Scottish Leaving Certificate Examination, 1954
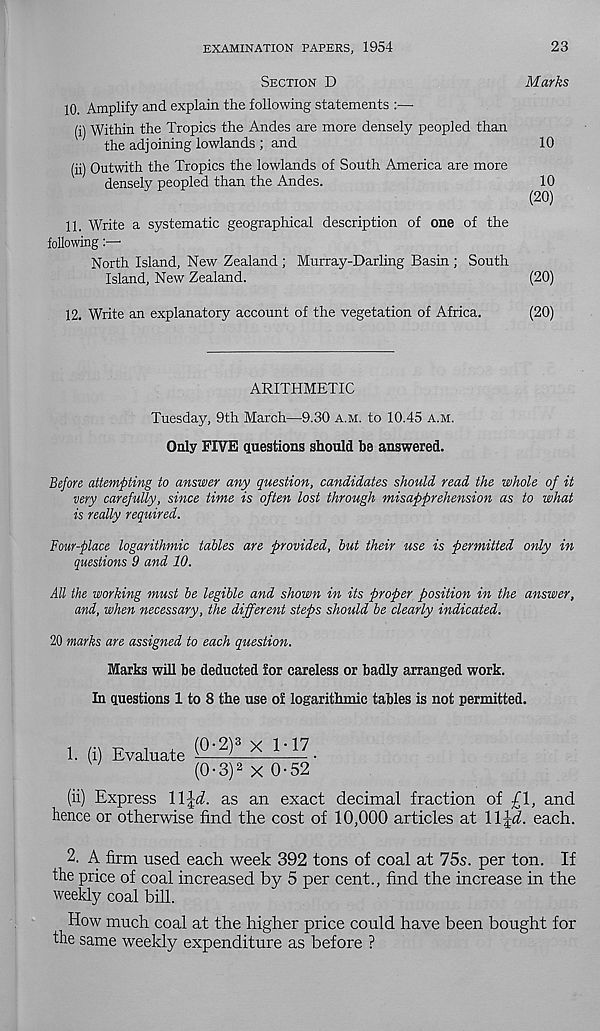
EXAMINATION PAPERS, 1954
23
SECTION D
Marks
10. Amplify and explain the following statements
(i) Within the Tropics the Andes are more densely peopled than
the adjoining lowlands ; and
10
(ii) Outwith the Tropics the lowlands of South America are more
densely peopled than the Andes.
10
(20)
11. Write a systematic geographical description of one of the
following
North Island, New Zealand ; Murray-Darling Basin ; South
Island, New Zealand.
(20)
12. Write an explanatory account of the vegetation of Africa.
(20)
ARITHMETIC
Tuesday, 9th March—9.30 A.M. to 10.45 A.M.
Only FIVE questions should be answered.
Before attempting to answer any question, candidates should read the whole of it
very carefully, since time is often lost through misapprehension as to what
is really required.
Four-place logarithmic tables are provided, but their use is permitted only in
questions 9 and 10.
All the working must be legible and shown in its proper position in the answer,
and, when necessary, the different steps should be clearly indicated.
20 marks are assigned to each question.
Marks will be deducted lor careless or badly arranged work.
In questions 1 to 8 the use of logarithmic tables is not permitted.
1. (i) Evaluate
(0-2)3 x !. 17
(0 • 3) 2 x 0-52 '
(ii) Express llji. as an exact decimal fraction of -£\, and
hence or otherwise find the cost of 10,000 articles at llji. each.
2. A firm used each week 392 tons of coal at 75s. per ton. If
the price of coal increased by 5 per cent., find the increase in the
weekly coal bill.
How much coal at the higher price could have been bought for
the same weekly expenditure as before ?